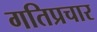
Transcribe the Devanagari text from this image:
गतिप्रचार